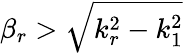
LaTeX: \beta_{r}>\sqrt{k_{r}^{2}-k_{1}^{2}}